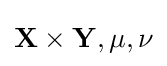
\mathbf {X} \times \mathbf {Y} ,\mu ,\nu